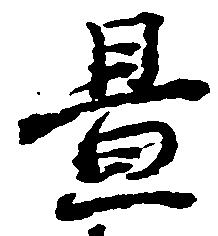
置